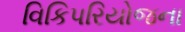
વિકિપરિયોજના